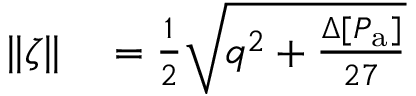
\begin{array} { r l } { \| \zeta \| } & { { } = \frac { 1 } { 2 } \sqrt { q ^ { 2 } + \frac { \Delta [ P _ { \mathrm { a } } ] } { 2 7 } } } \end{array}